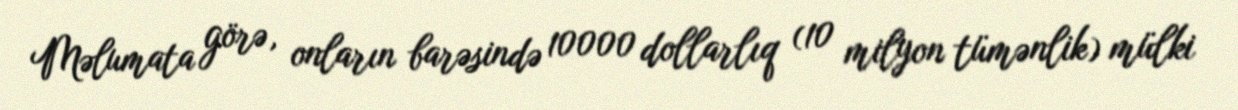
Məlumata görə, onların barəsində 10000 dollarlıq (10 milyon tümənlik) mülki